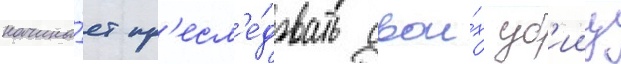
начина́ет пр'есл'е́довать свои́х уб'ииц